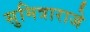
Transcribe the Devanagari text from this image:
सुमित्राराजे